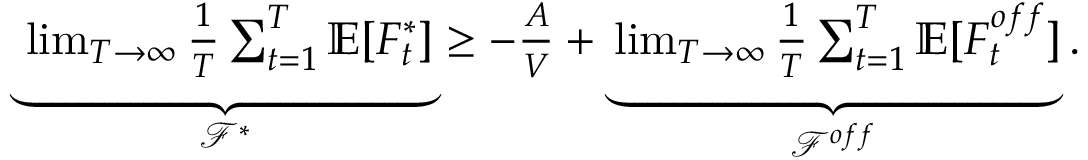
\begin{array} { r } { \underbrace { \operatorname* { l i m } _ { T \rightarrow \infty } \frac { 1 } { T } \sum _ { t = 1 } ^ { T } \mathbb { E } [ F _ { t } ^ { * } ] } _ { \mathcal { F } ^ { * } } \ge - \frac { A } { V } + \underbrace { \operatorname* { l i m } _ { T \rightarrow \infty } \frac { 1 } { T } \sum _ { t = 1 } ^ { T } \mathbb { E } [ F _ { t } ^ { o f f } ] } _ { \mathcal { F } ^ { o f f } } . } \end{array}